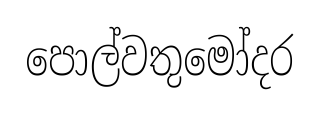
පොල්වතුමෝදර